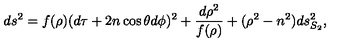
d s ^ { 2 } = f ( \rho ) ( d \tau + 2 n \cos \theta d \phi ) ^ { 2 } + { \frac { d \rho ^ { 2 } } { f ( \rho ) } } + ( \rho ^ { 2 } - n ^ { 2 } ) d s _ { S _ { 2 } } ^ { 2 } ,